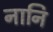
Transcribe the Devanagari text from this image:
नानि